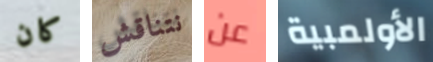
كان نتناقش عن الأولمبية